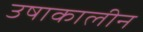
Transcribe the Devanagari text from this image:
उषाकालीन